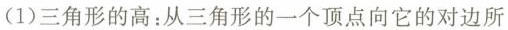
(1)三角形的高：从三角形的一个顶点向它的对边所